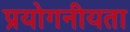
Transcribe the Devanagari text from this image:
प्रयोगनीयता